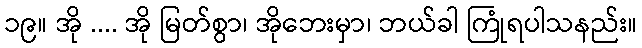
၁၉။ အို .... အို မြတ်စွာ၊ အိုဘေးမှာ၊ ဘယ်ခါ ကြုံရပါသနည်း။